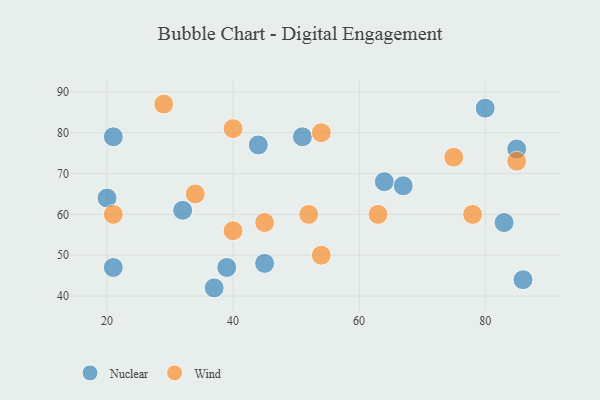
{"axis": {"x": "GDP", "y": "Life Expectancy"}, "legend": ["Nuclear", "Wind"], "data": [{"x": "21", "y": 47, "type": "Nuclear"}, {"x": "64", "y": 68, "type": "Nuclear"}, {"x": "39", "y": 47, "type": "Nuclear"}, {"x": "44", "y": 77, "type": "Nuclear"}, {"x": "83", "y": 58, "type": "Nuclear"}, {"x": "67", "y": 67, "type": "Nuclear"}, {"x": "37", "y": 42, "type": "Nuclear"}, {"x": "32", "y": 61, "type": "Nuclear"}, {"x": "86", "y": 44, "type": "Nuclear"}, {"x": "51", "y": 79, "type": "Nuclear"}, {"x": "21", "y": 79, "type": "Nuclear"}, {"x": "20", "y": 64, "type": "Nuclear"}, {"x": "80", "y": 86, "type": "Nuclear"}, {"x": "45", "y": 48, "type": "Nuclear"}, {"x": "85", "y": 76, "type": "Nuclear"}, {"x": "40", "y": 81, "type": "Wind"}, {"x": "52", "y": 60, "type": "Wind"}, {"x": "21", "y": 60, "type": "Wind"}, {"x": "34", "y": 65, "type": "Wind"}, {"x": "63", "y": 60, "type": "Wind"}, {"x": "45", "y": 58, "type": "Wind"}, {"x": "85", "y": 73, "type": "Wind"}, {"x": "54", "y": 80, "type": "Wind"}, {"x": "29", "y": 87, "type": "Wind"}, {"x": "75", "y": 74, "type": "Wind"}, {"x": "54", "y": 50, "type": "Wind"}, {"x": "78", "y": 60, "type": "Wind"}, {"x": "40", "y": 56, "type": "Wind"}]}